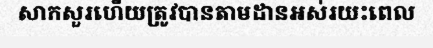
សាកសួរហើយត្រូវបានតាមដានអស់រយះពេល